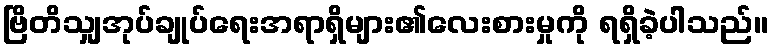
ဗြိတိသျှအုပ်ချုပ်ရေးအရာရှိများ၏လေးစားမှုကို ရရှိခဲ့ပါသည်။